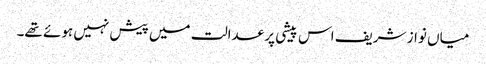
میاں نواز شریف اس پیشی پر عدالت میں پیش نہیں ہوئے تھے۔